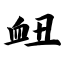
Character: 衄